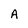
Character: A